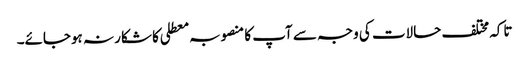
تاکہ مختلف حالات کی وجہ سے آپ کا منصوبہ معطلی کا شکار نہ ہوجائے۔